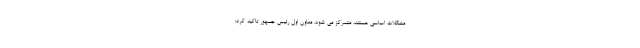
مشکلات اساسی هستند، متمرکز می شود. معاون اول رئیس جمهور تاکید کرد: